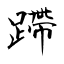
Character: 蹛